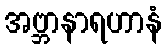
အဗ္ဘာနာရဟာနံ